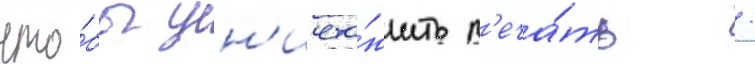
что́бы ун'ичто́жить п'еча́ть /